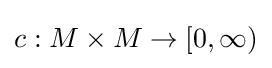
c:M\times M\to [0,\infty )